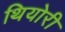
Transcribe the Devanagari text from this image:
थियोरी